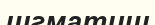
шгматиш